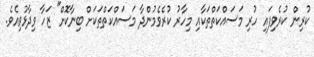
ކުރިން ކުރެވިފައި ހުރި މަސައްކަތްތަކާއި މިހާރު ކުރެވެމުންދާ މަސައްކަތްތަކަށް ބިނާކޮށް" ޒަހާ ވިދާޅުވިއެވެ.